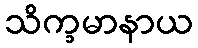
သိက္ခမာနာယ